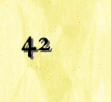
42